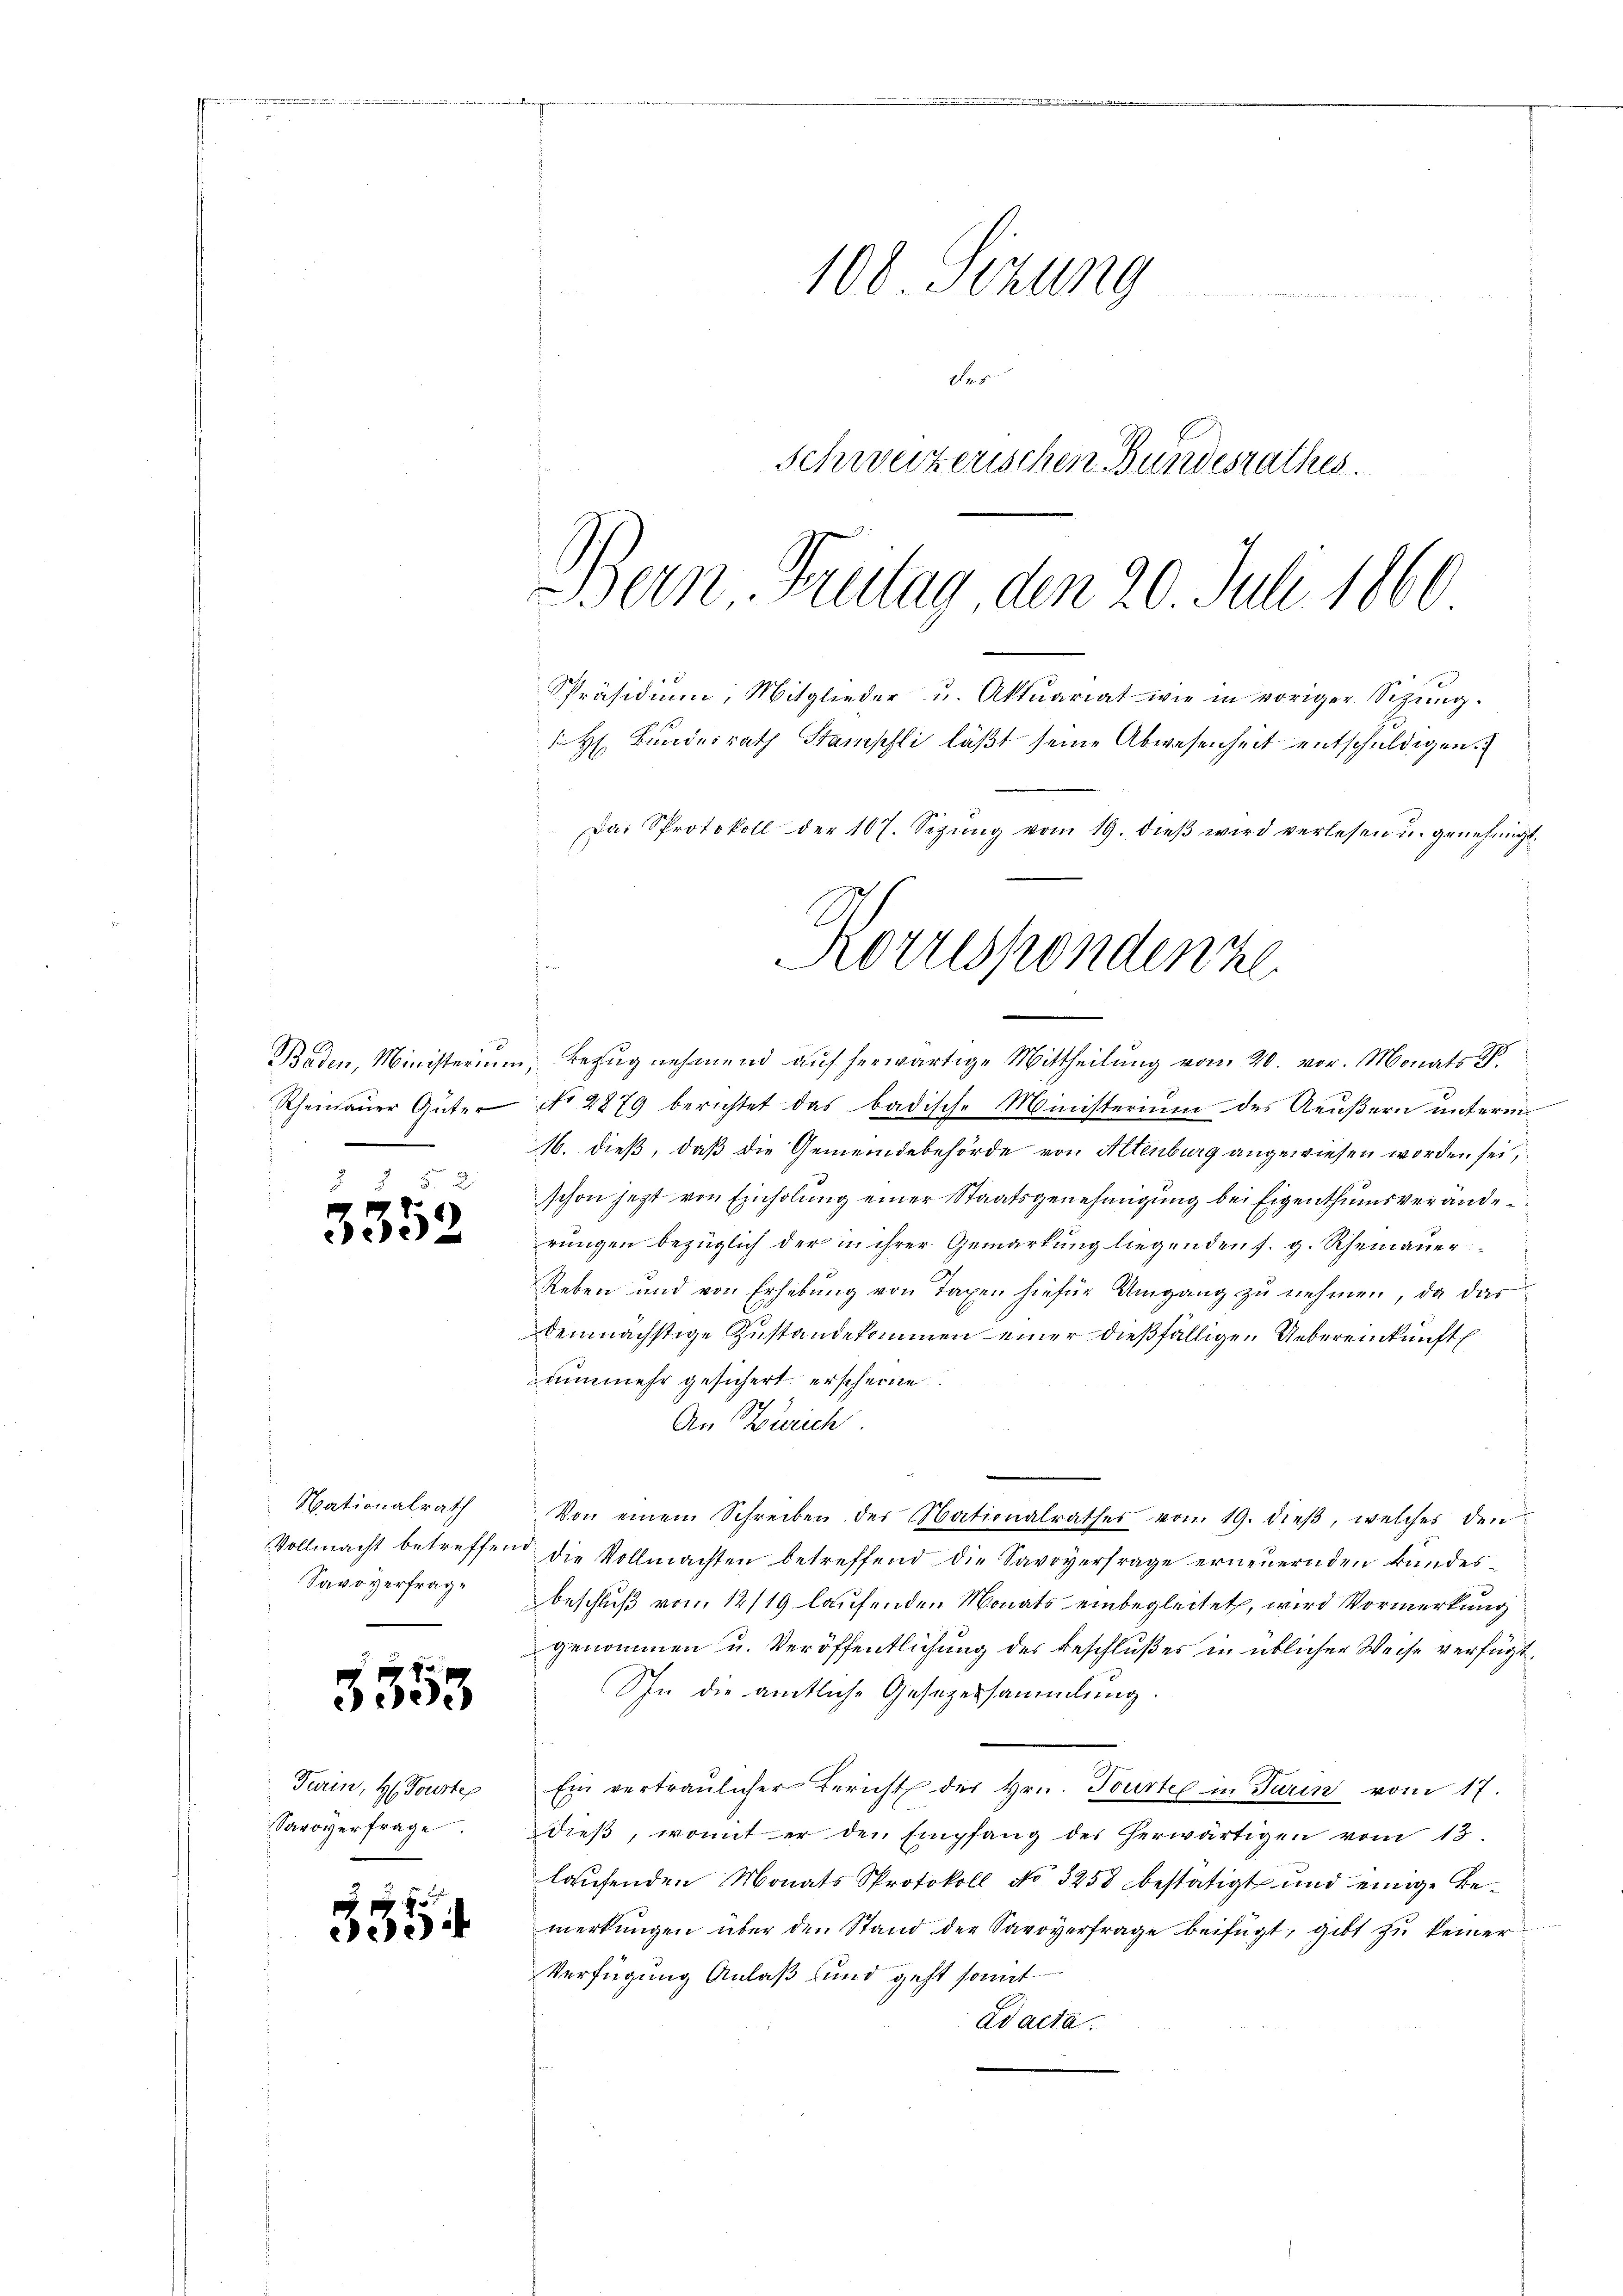
Baden, Ministerium
Rheinauer Güter

3352

Nationalrath
Vollmacht betreffen
Savoverfrag¬
u

3353

Farin, H. Tourte
Savoverfrage

e

100. Sitzung
r
Schweizerischen Bundesrathes.

Bern Freitag, den 20. Juli 1860
Präsidiŭm, Mitglieder u. Aktuariat wie in voriger Sitzung.

Bezug nehmend auf herwärtige Mittheilung vom 20. vor. Monats R.
 No 2879 berichtet das badische Ministerium des Aeußern unterm
16. dieß, daß die Gemeindebehörde von Altenburg angewiesen worden sei,
schon jetzt von Einholung einer Staatsgenehmigung bei Eigenthumsveränderungen bezüglich der in ihrer Gemarkung liegenden s. g. Rheinauer
Reben und von Erhebŭng von Taxen hiefür Umgang zŭ nehmen, da das
demnächstige Zustande kommen einer dießfälligen Uebereinkunft
nunmehr gesichert erscheine
An Zürich.
Von einem Schreiben der Nationalrathes von 19. dieβ, welches den
u die Vollmachten betreffend die Savoyerfrage erneŭernden kundes-
beschluß vom 12/19 laufenden Monats einbegleitet, wird Vormerkung
genommen u. Veröffentlichung des Beschlußes in üblicher Weise verfügt:
Ihn die amtliche Gesezessammlung
Ein vertraulicher Bericht der Hrn. Tourtel in Turin vom 17.
dieβ, womit er den Empfang des herwärtigen vom 13.
laufenden Monats Protokoll No 3258 bestätigt und einige Bemerkungen über den Stand der Savoyerfrage beifügt, gibt zu keiner
Verfügung Anlaß und geht somit
ad acta.

H. Bundesrath Stampli läßt seine Abwesenheit entschuldigen.

Da: Protokoll der 107. Sizŭng vom 19. dieβ wird verlesen u. genehmigt.

Korrespondenze
.